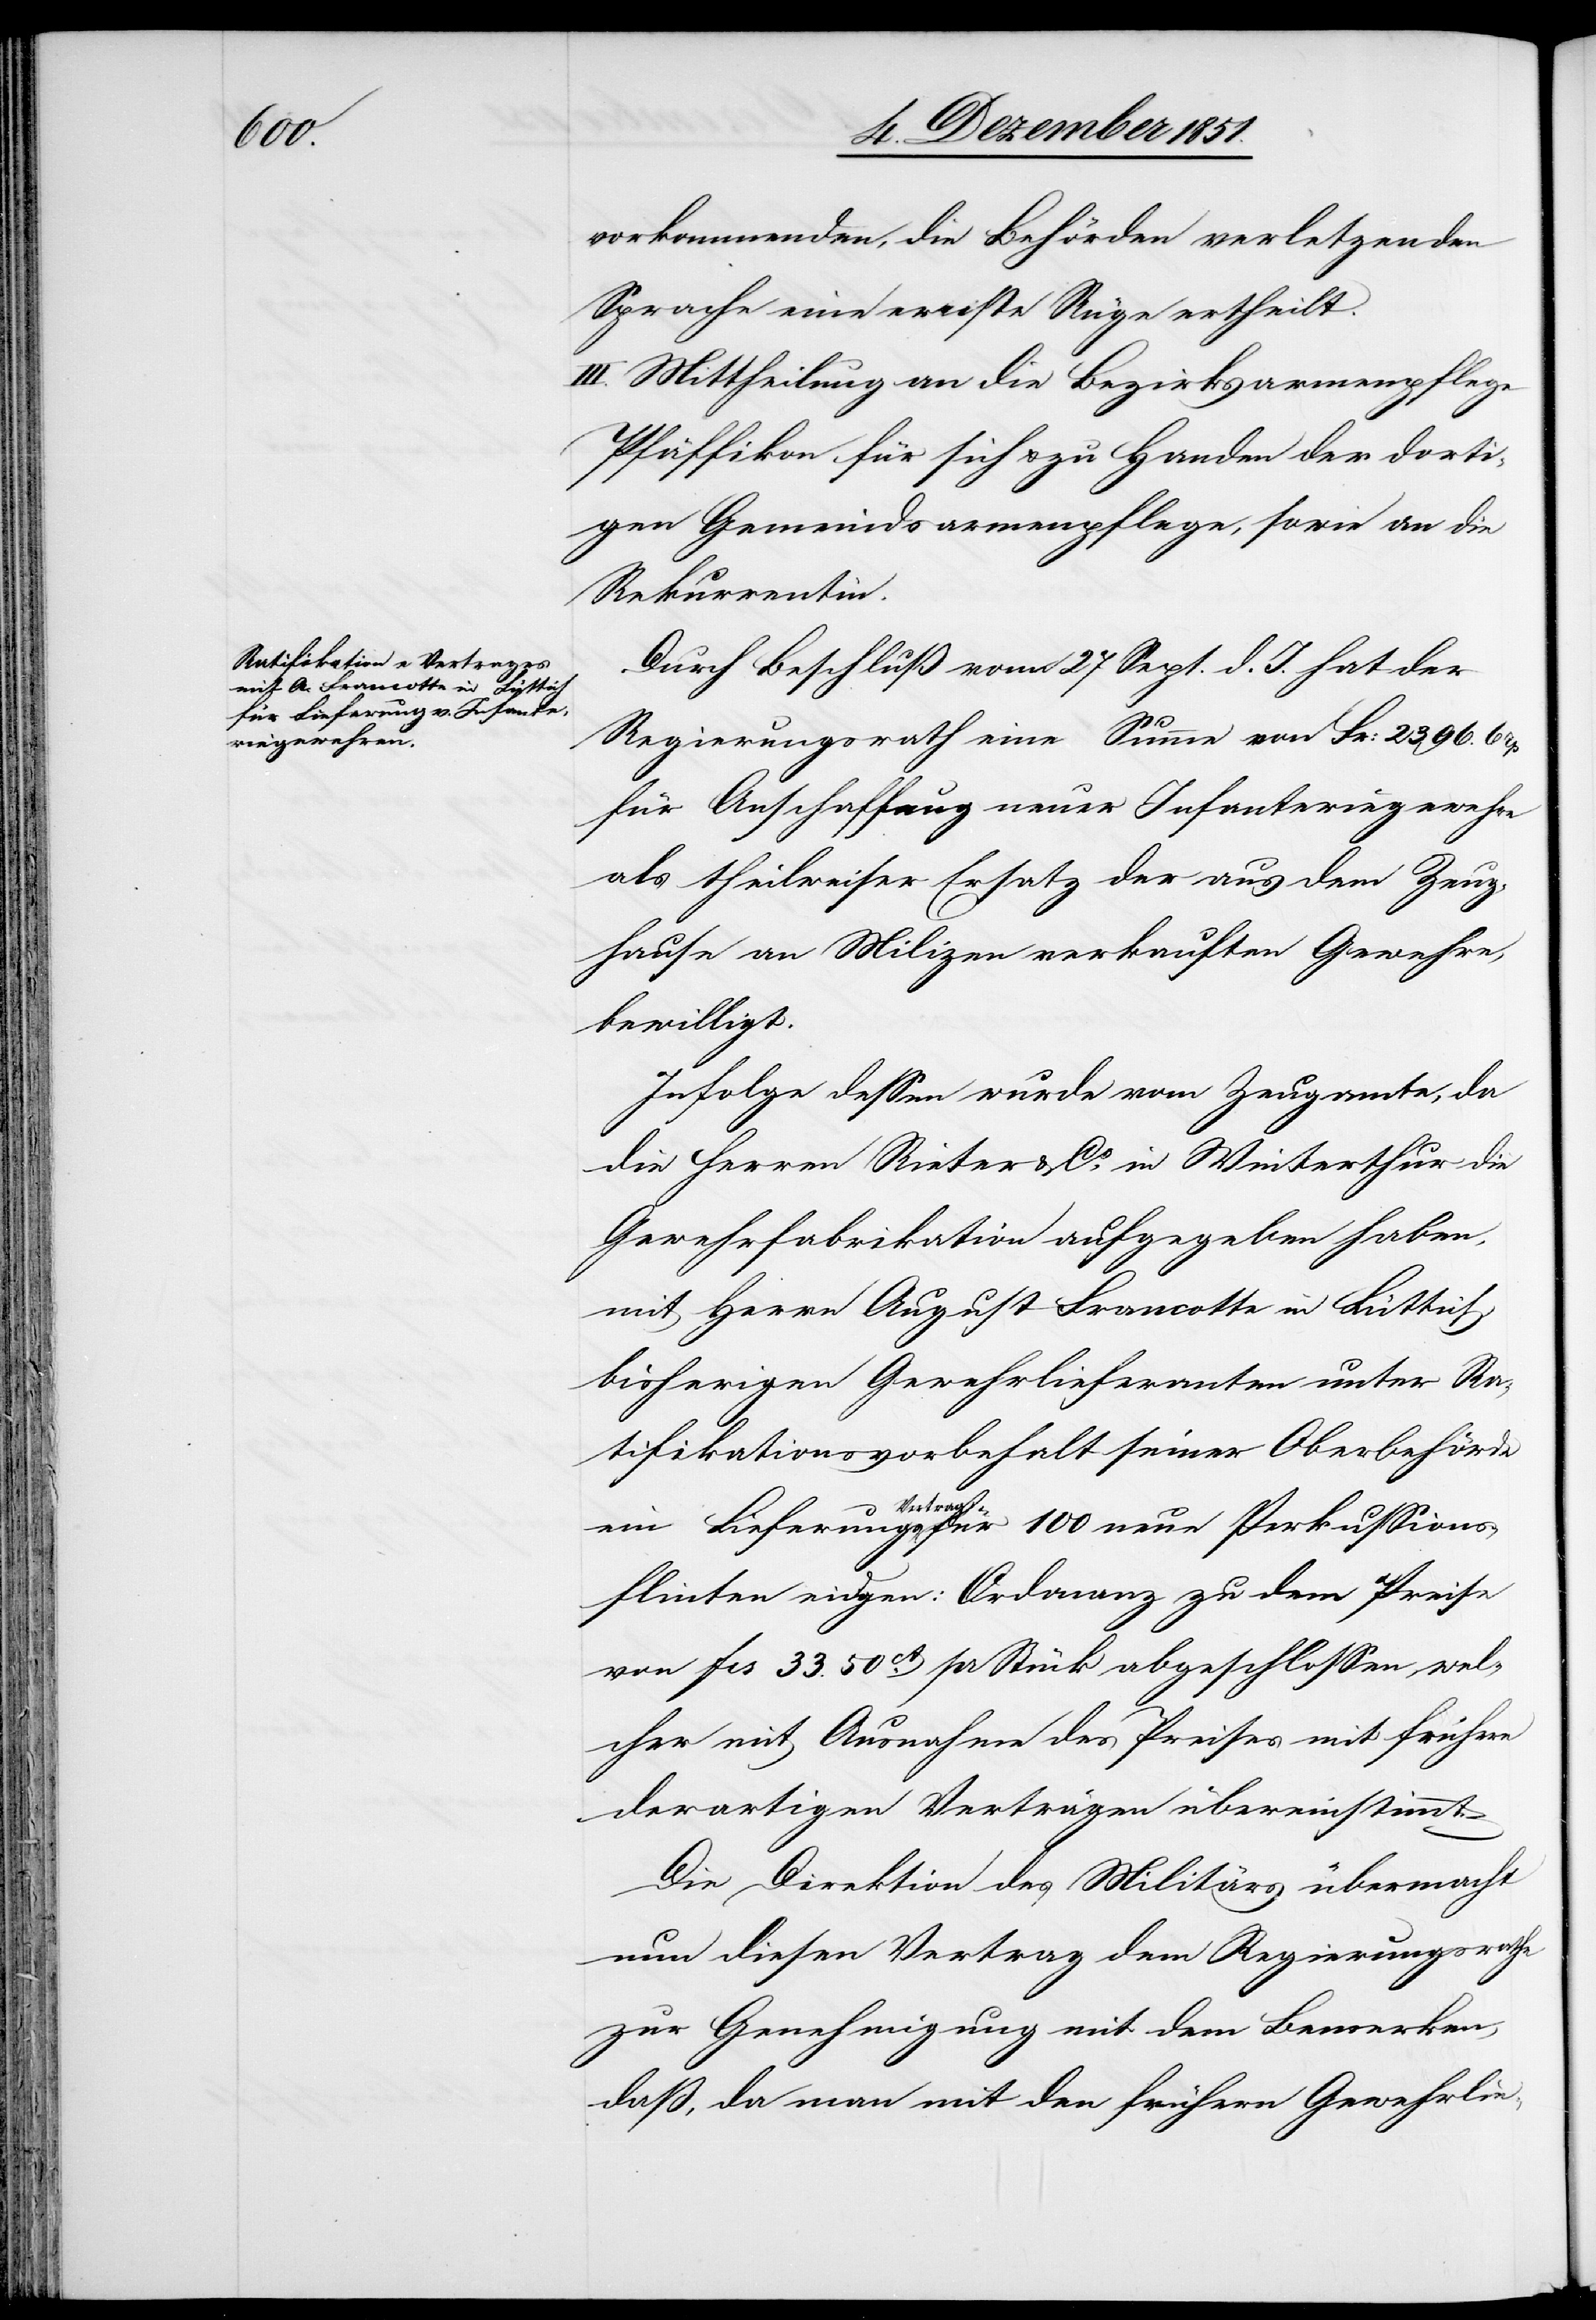
vorkommenden, die Behörden verletzenden
Sprache eine ernste Rüge ertheilt.
III. Mittheilung an die Bezirksarmenpflege
Pfäffikon für sich & zu Handen der dorti¬
gen Gemeindsarmenpflege, sowie an die
Rekurrentin.
Durch Beschluß vom 27 Sept. d. J. hat der
Regierungsrath eine Summe von Fr: 2396. 6 rp
für Anschaffung neuer Infanteriegewehre
als theilweiser Ersatz der aus dem Zeug¬
hause an Milizen verkauften Gewehre,
bewilligt.
Infolge dessen wurde vom Zeugamte, da
die Herren Rieter & Co. in Winterthur die
Gewehrfabrikation aufgegeben haben,
mit Herrn August Francotte in Lüttich,
bisherigen Gewehrlieferanten unter Ra¬
tifikationsvorbehalt seiner Oberbehörde
ein Lieferungs-Vertrag für 100 neue Perkussions¬
flinten eidgen: Ordonanz zu dem Preise
von fcs 33. 50ct. pr Stück abgeschlossen, wel¬
cher mit Ausnahme des Preises mit frühern
derartigen Verträgen übereinstimmt.
Die Direktion des Militärs übermacht
nun diesen Vertrag dem Regierungsrathe
zur Genehmigung mit dem Bemerken,
daß, da man mit den frühern Gewehrlie-